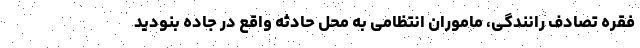
فقره تصادف رانندگی، ماموران انتظامی به محل حادثه واقع در جاده بنودید